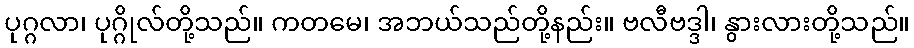
ပုဂ္ဂလာ၊ ပုဂ္ဂိုလ်တို့သည်။ ကတမေ၊ အဘယ်သည်တို့နည်း။ ဗလီဗဒ္ဒါ၊ နွားလားတို့သည်။